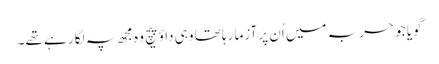
گویا جو حربہ میں اُن پر آزما رہا تھا وہی داؤ پیچ وہ مجھ پہ لگا رہے تھے۔